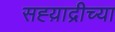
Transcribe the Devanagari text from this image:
सह्य़ाद्रीच्या